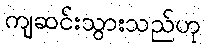
ကျဆင်းသွားသည်ဟု